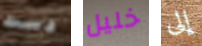
دست خليل إلى